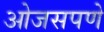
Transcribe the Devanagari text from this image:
ओजसपणे